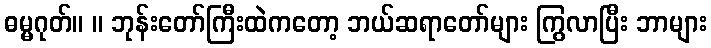
ဓမ္မဂုတ်။ ။ ဘုန်းတော်ကြီးထဲကတော့ ဘယ်ဆရာတော်များ ကြွလာပြီး ဘာများ